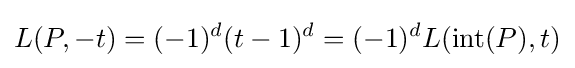
L(P,-t)=(-1)^{d}(t-1)^{d}=(-1)^{d}L(\operatorname {int} (P),t)